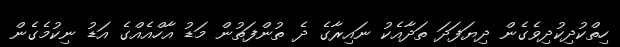
ހިތްކުދިކުދިވެގެން ދިޔަފަދަ ތަދާއެކު ނައިރާގެ ދެ ތުންފަތުން މަޑު އާހްއެއްގެ އަޑު ނިކުމެގެން